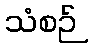
သံစဉ်